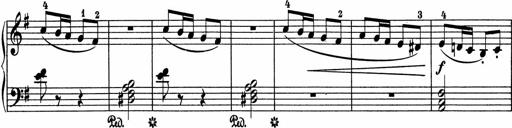
Title: 5 Sonatinen fÃ¼r die Jugend
Composer: Carl Reinecke